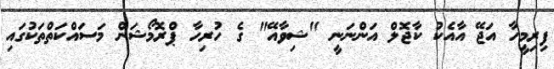
ފިރިމީހާ އަޖޭ އާއެކު ކާޖޮލް އަންނަނީ "ޝިވާއޭ" ގެ ހުރިހާ ޕްރޮމޯޝަން މަސައްކަތްތަކުގައި